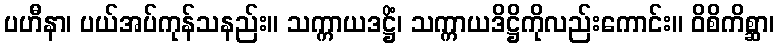
ပဟီနာ၊ ပယ်အပ်ကုန်သနည်း။ သက္ကာယဒဋ္ဌိံ၊ သက္ကာယဒိဋ္ဌိကိုလည်းကောင်း။ ဝိစိကိစ္ဆာ၊